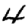
Digit: 4